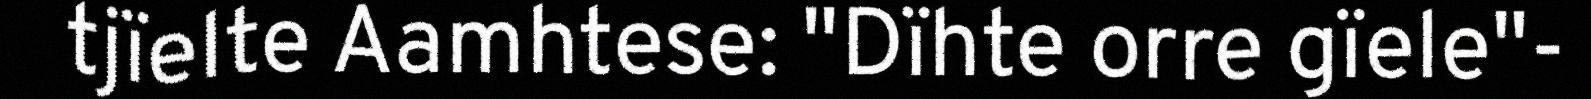
tjïelte Aamhtese: "Dïhte orre gïele"-